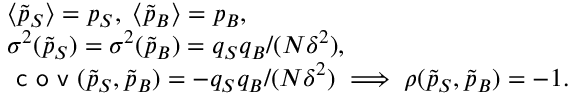
\begin{array} { r l } & { \langle \tilde { p } _ { S } \rangle = p _ { S } , \; \langle \tilde { p } _ { B } \rangle = p _ { B } , } \\ & { \sigma ^ { 2 } ( \tilde { p } _ { S } ) = \sigma ^ { 2 } ( \tilde { p } _ { B } ) = q _ { S } q _ { B } / ( N \delta ^ { 2 } ) , } \\ & { \textsf { c o v } ( \tilde { p } _ { S } , \tilde { p } _ { B } ) = - q _ { S } q _ { B } / ( N \delta ^ { 2 } ) \; \Longrightarrow \; \rho ( \tilde { p } _ { S } , \tilde { p } _ { B } ) = - 1 . } \end{array}